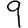
Digit: 9